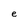
Character: e